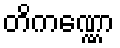
တိကဏ္ဏော